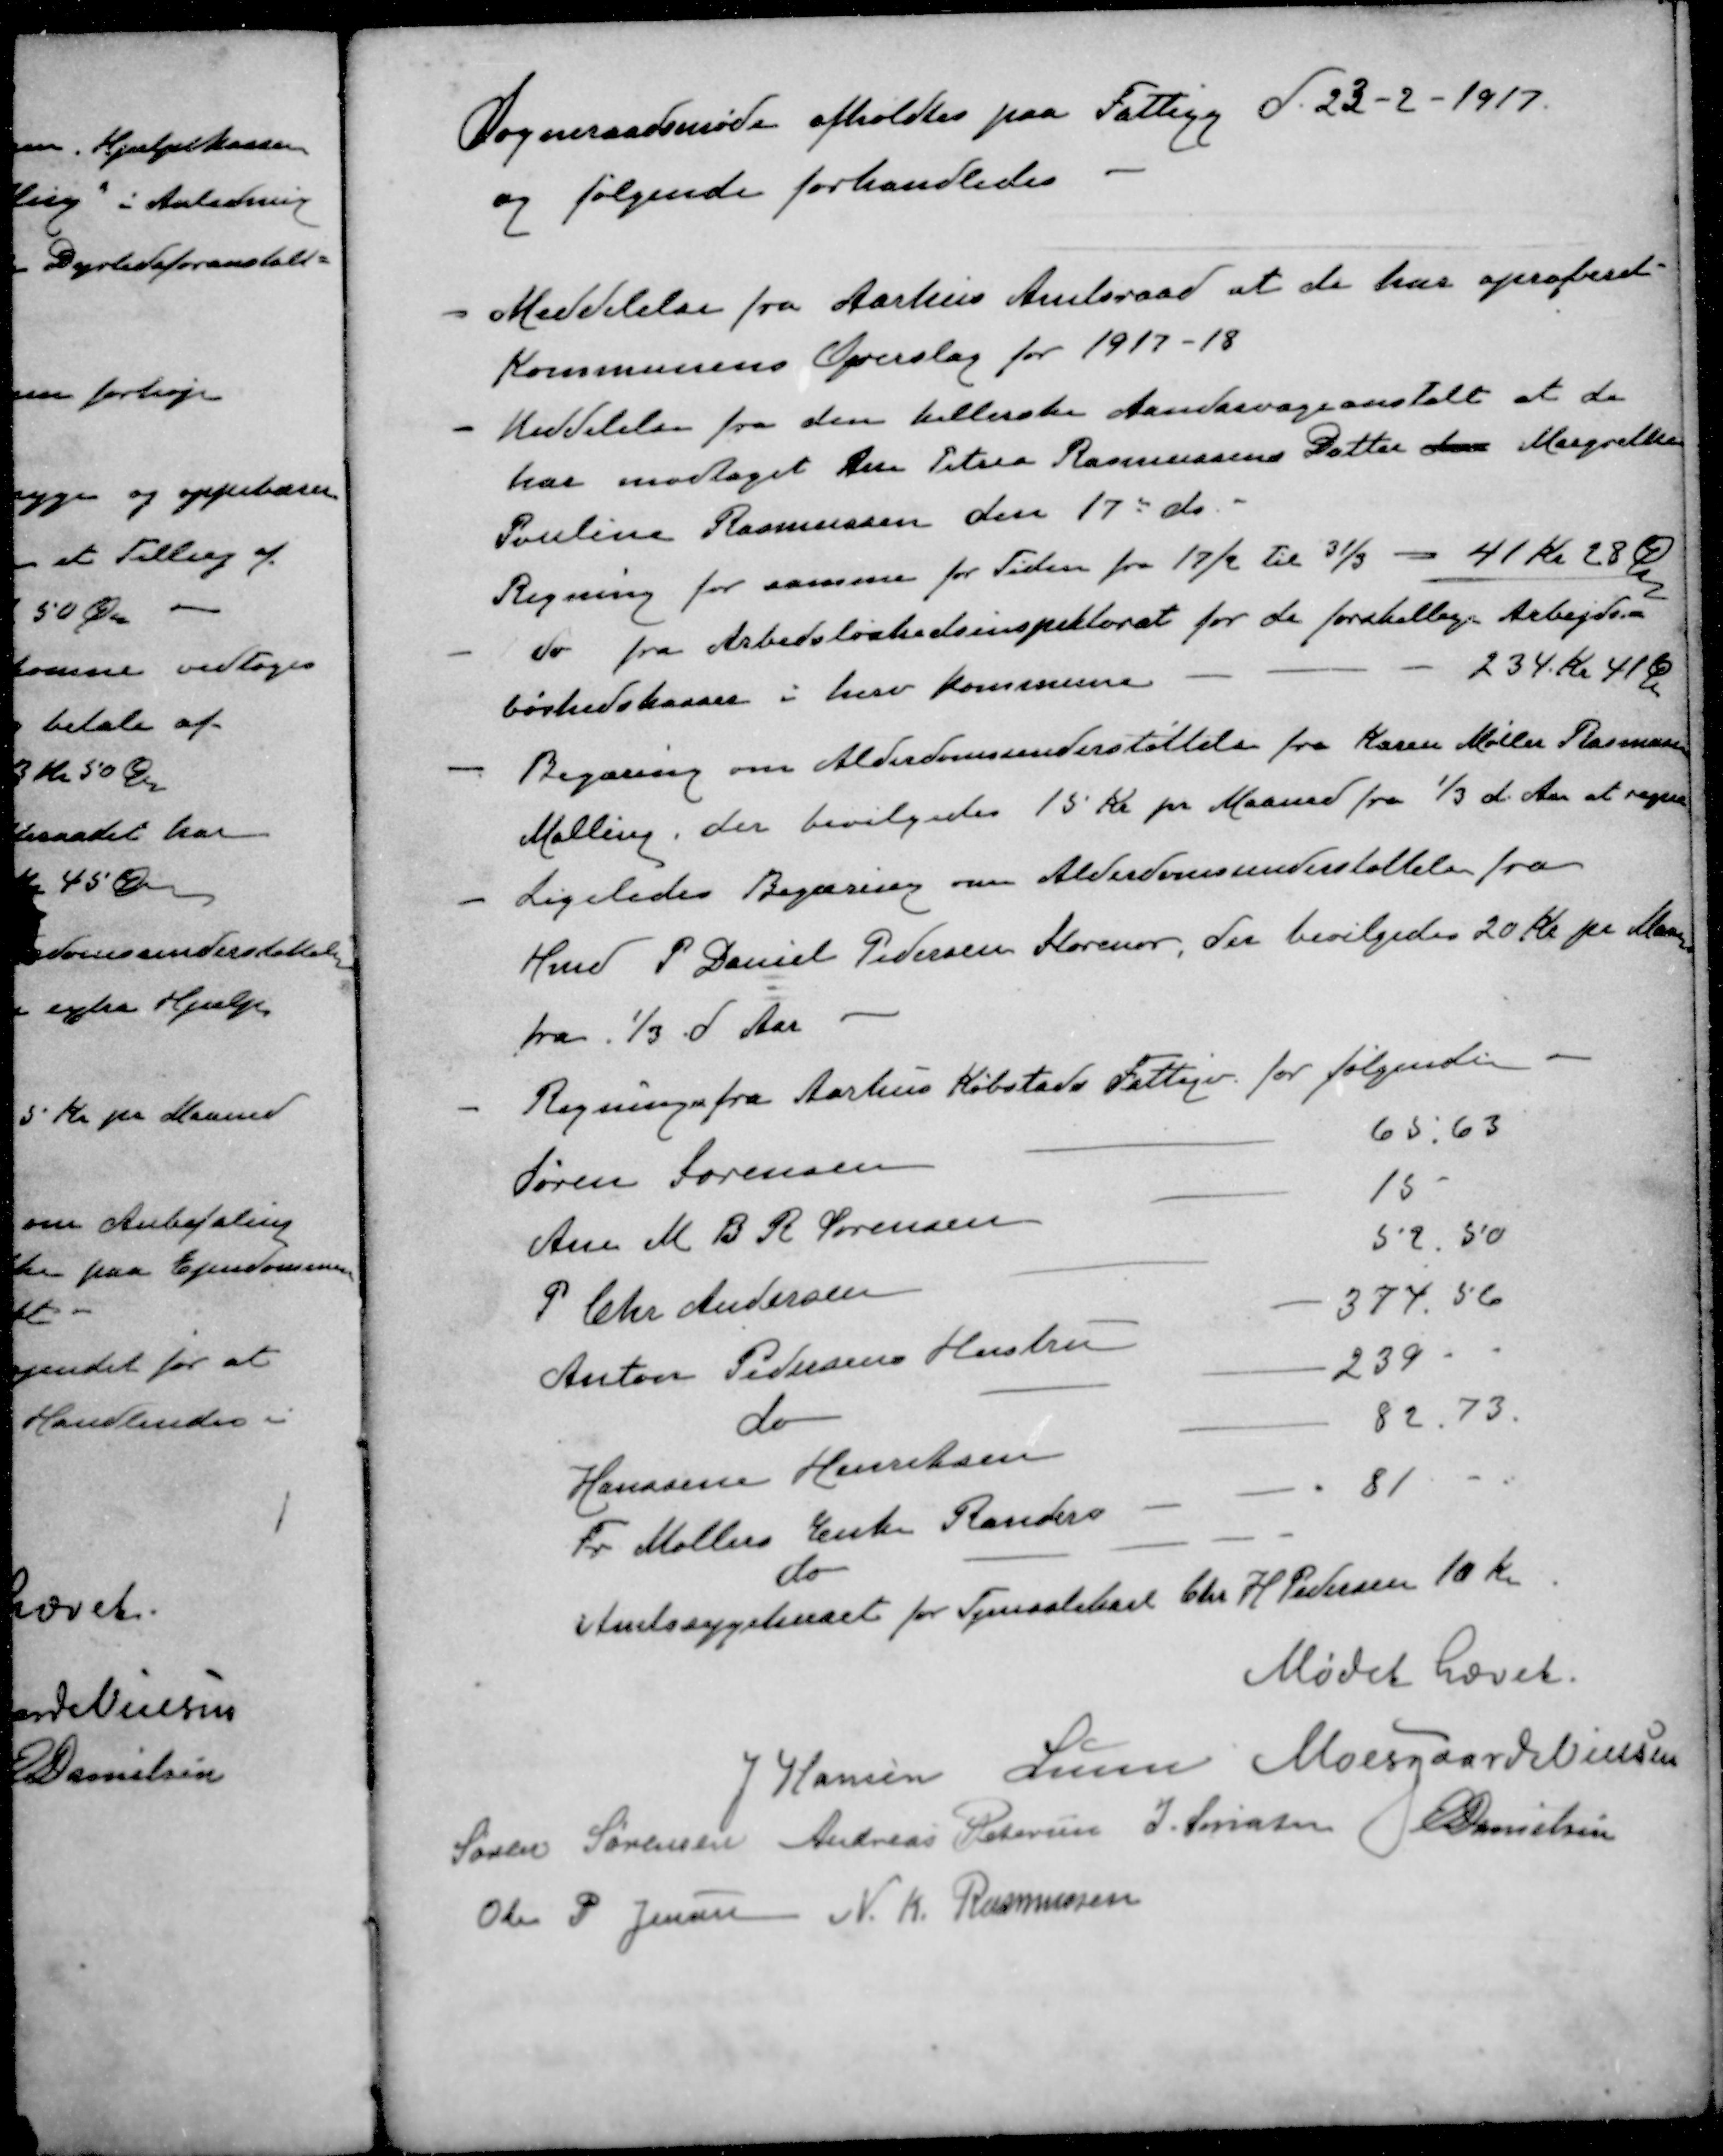
Transskription:
Sogneraadsmøde afholdtes paa Fattigg d. 23 - 2 - 1917.
og følgende forhandledes
- Meddelelse fra Aarhus Amtsraad at de har aproberet
Kommunens Overslag for 1917-18
- Meddelelse fra den kellerske Aandssvageanstalt at de
har modtaget Anne Petrea Rasmussens Datter Ane Margrethe
Pouline Rasmussen den 17' ds.
Regning for samme for Tiden fra 17/2 til 31/3 - 41 Kr 28 Øre
- do fra Arbedsløshedsinspektorat for de forskellige Arbejds-
234 Kr. 41 Ø
løshedskasser i herv kommune
- Begæring om Alderdomsunderstøttelse fra Karen Møller Rasmussen
Malling, der bevilgedes 15 Kr pr Maaned fra 1/3 d. Aar at regne
- Ligeledes Begæring om Alderdomsunderstøttelse fra
Hmd P Daniel Pedersen Storenor, der bevilgedes 20 Kr pr Maaned
fra 1/3 d Aar
- Regning fra Aarhus Købstads Fattigv. for følgende
Søren Sørensen
65,63
Ane M B R Sørensen
15
P Chr. Andersen
52.50
Anton Pedersens Hustru
374.56
do
239
Hanssine Henriksen
82.73.
Fr Møllers Enke Randers
81
do
Amtssygehuset for Tjenestekarl Chr H Pedersen 10 Kr
Mødet hævet.
J Hansen
Lunn
Moesgaard Nielsen
Søren Sørensen
Andreas Petersen
J. Sørensen
E Danielsen
Ole P Jensen
N. K. Rasmussen